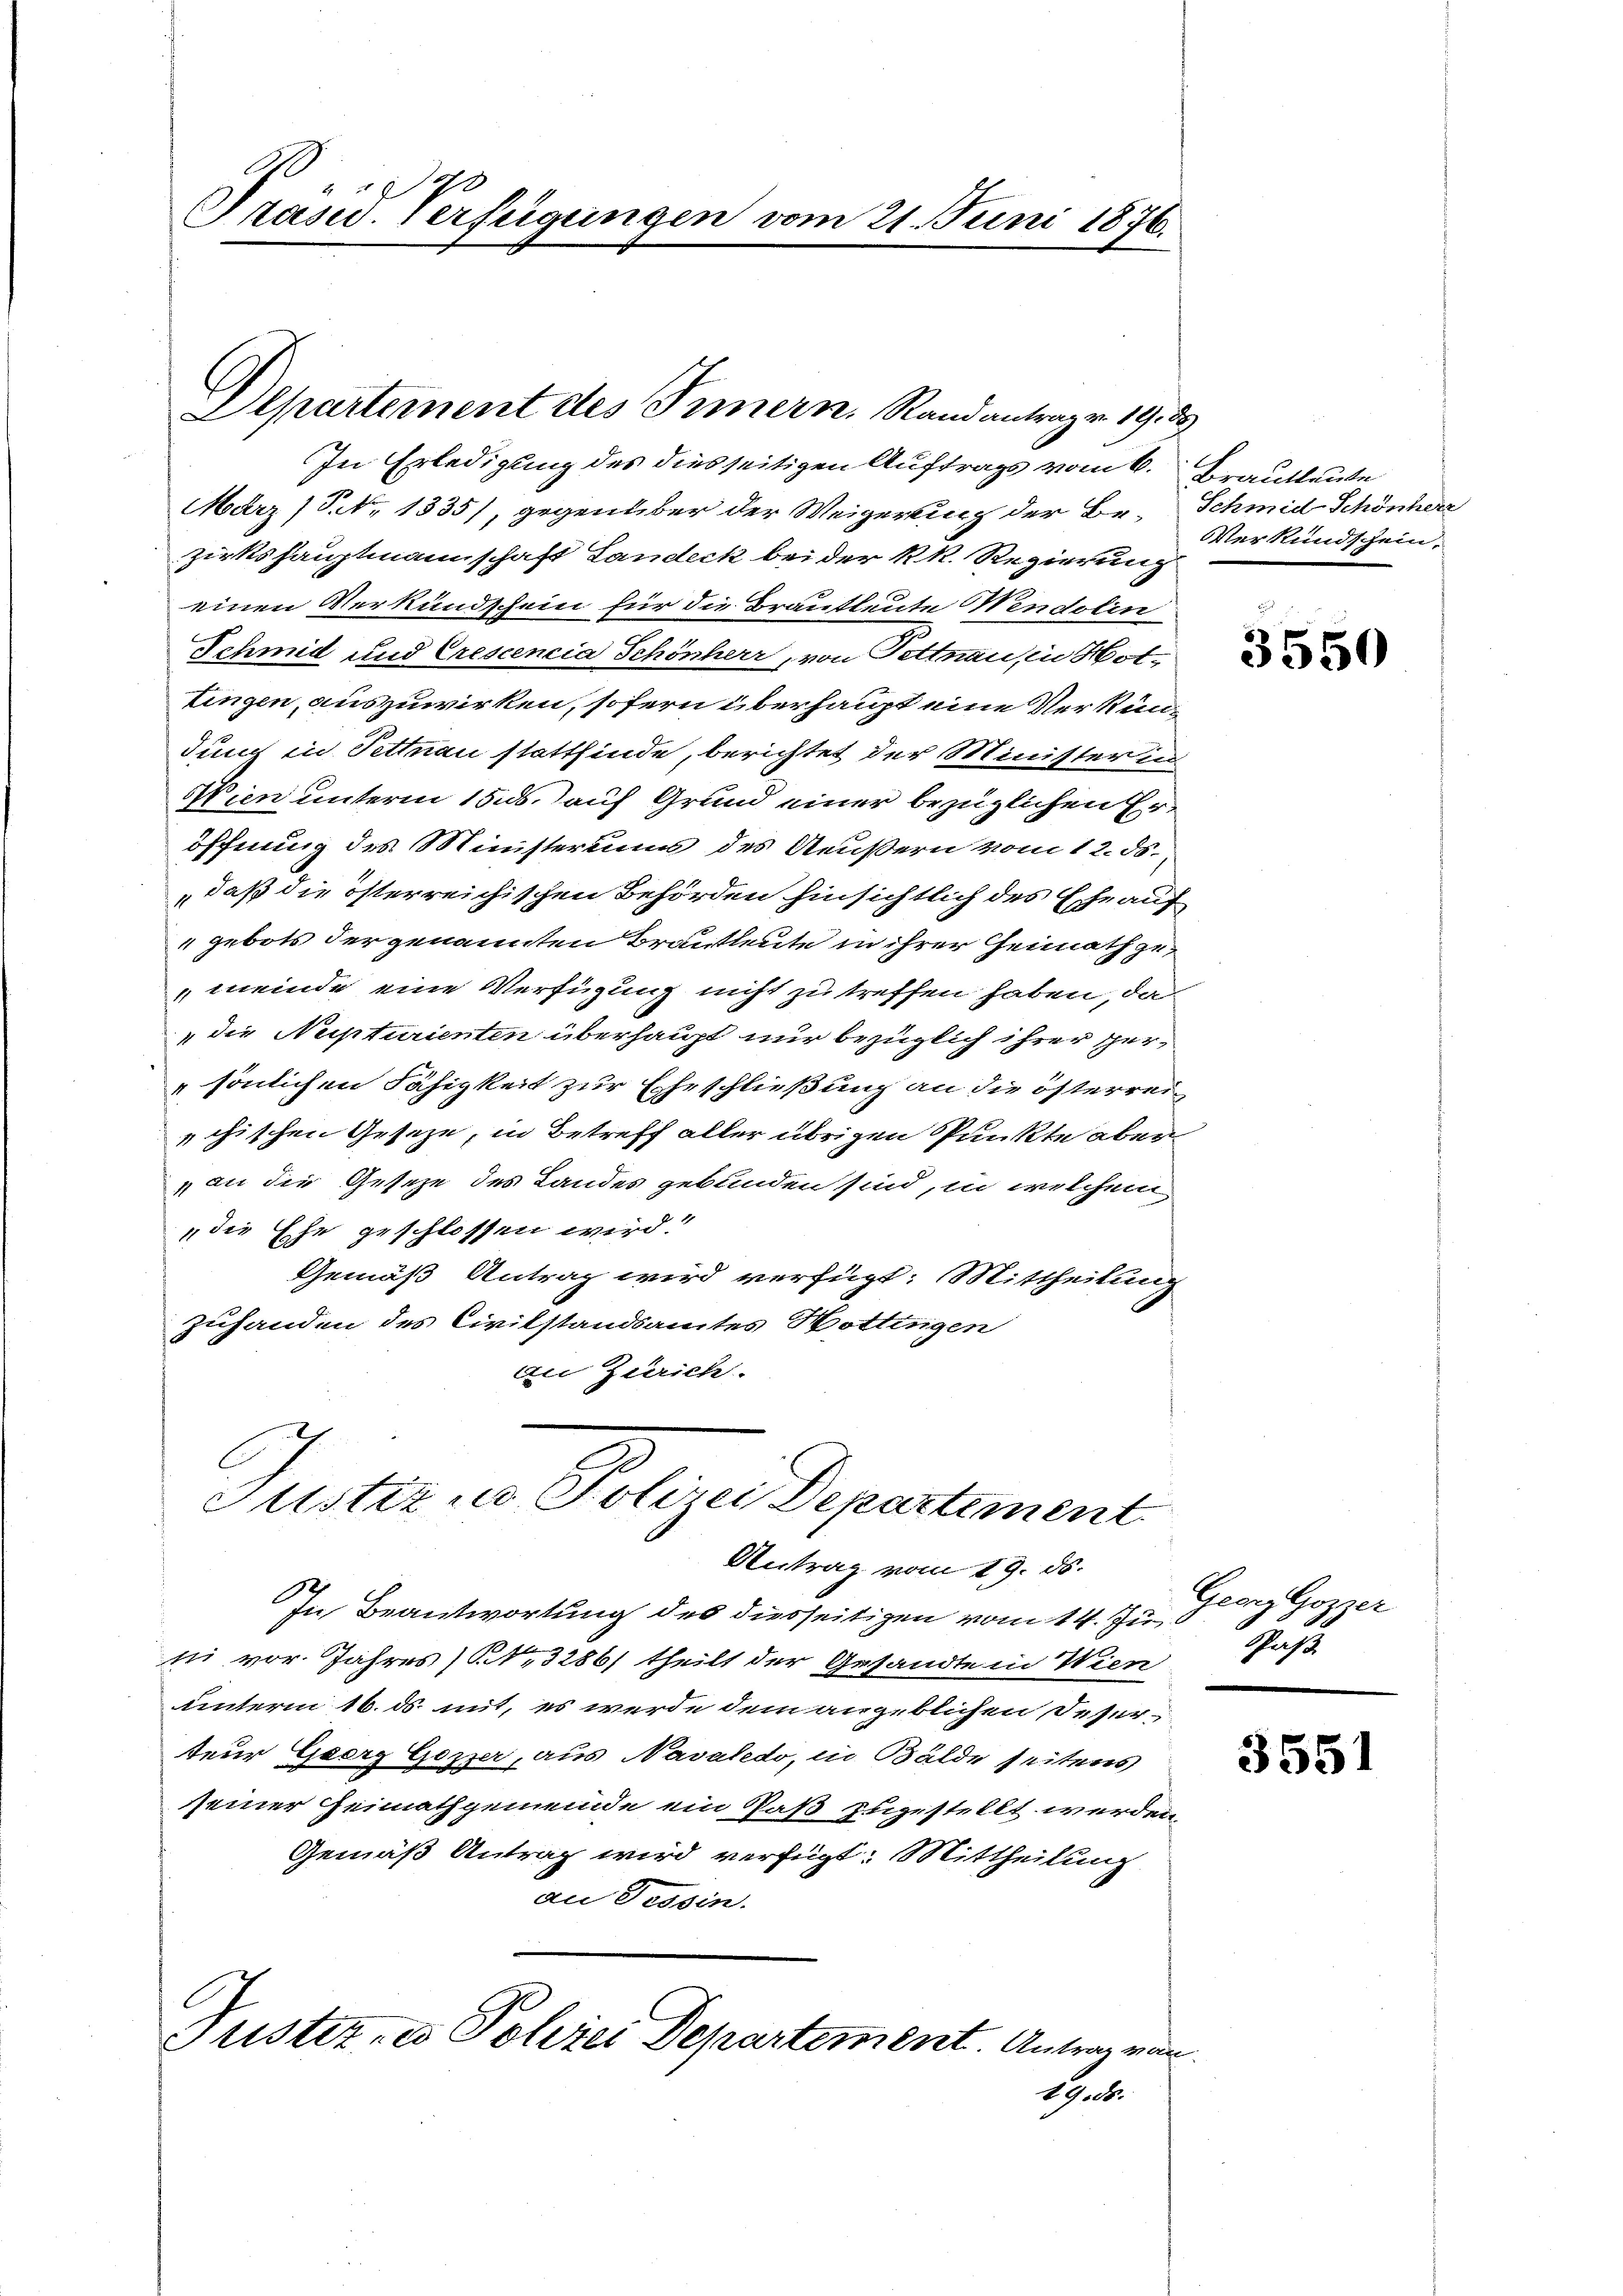
Präsid. Verfügungen vom 21. Juni 1876.

Alpartement des Innern, Stand antrage 19

In Erledigung des diesseitigen Auftrags vom 6. Brautleute
März (S. Nr. 1335), gegenüber der Weigerung der Bezirkshauptmannschaft Landeck bei der kk. Regierung
einen Verkundschein für die Brautleute Mendolin
Schmid und Crescencia Schönherr, von Pettnau, in Hottingen, auszuwirken, sofern überhaupt eine Verkündung in Tettnau stattfinde, berichtet der Minister in
Wien unterm 15. ds. auf Grund einer bezüglichen Eröffnung des Ministeriums des Aeußern vom 12. ds.
„daß die österreichischen Behörden hinsichtlich des Ehraus
gebots der genannten Brautleute in ihrer Heimathge¬
"meinde eine Verfügung nicht zu treffen haben, da
" die Nupturienten überhaupt nur bezüglich ihrer Hersönlichen Fähigkeit zur Eheschließung an die österreiechischen Geseze, in Betreff aller übrigen Punkte aber
an die Gesetze des Landes gebunden sind, in welchem
die Ehe geschlossen wird.
Gemäß Antrag wird verfügt: Mittheilung
zuhanden des Civilstandsamtes Hottingen
an Zürich.
Justiz u. Polizei Departement
Antrag vom 19. ds.
In Beantwortung des diesseitigen vom 14. Ju
ii vor. Jahres ..3286/ theilt der Gesandte in Wien
unterm 16. ds. mit, es werde dem angeblichen Deserteur Georg Goper, aus Navaledo, in Bälde seitens
seiner Heimathgemeinde ein Paß zugestellt werden,
Gemäß Antrag wird verfügt: Mittheilung
an Tessin.
Fisteres Polizei Departement. Antrag von
19.ds.

d
Schmid Schönherr
Verkundschein.

3550

Georglozzer
Jass

s

3551